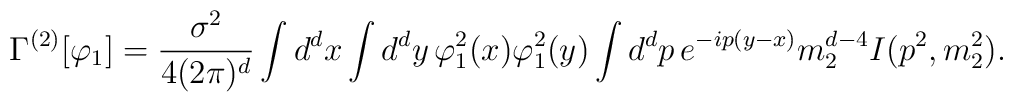
\Gamma^{(2)}[\varphi_{1}]=\frac{\sigma^{2}}{4(2\pi)^{d}}\int d^{d}x \int d^{d}y\,\varphi_{1}^{2}(x) \varphi_{1}^{2}(y)\int d^{d}p\, e^{-ip(y-x)}m_{2}^{d-4}I(p^{2},m_{2}^{2}).